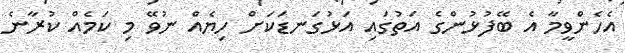
އެހެންވީމާ އެ ބޭފުޅުންގެ އަތުގައި އަޅުގަނޑަކަށް ހިޔެއް ނުވޭ މި ކަމެއް ކުރާނެ